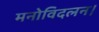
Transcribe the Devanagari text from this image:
मनोविदलन।